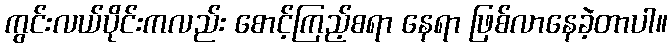
ကွင်းလယ်ပိုင်းကလည်း စောင့်ကြည့်စရာ နေရာ ဖြစ်လာနေခဲ့တာပါ။